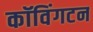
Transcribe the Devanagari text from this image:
कॉविंगटन